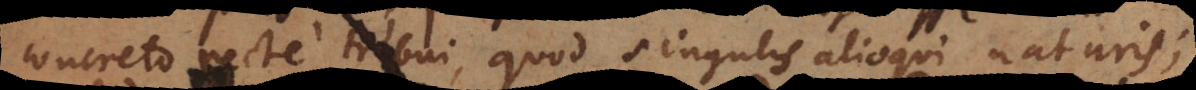
concreto recte tribui, quod singulis alioqui naturis;